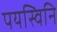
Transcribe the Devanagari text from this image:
पयस्विनि